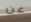
عن